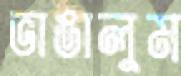
ভাঙালুম